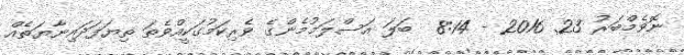
ނޮވެމްބަރު 23